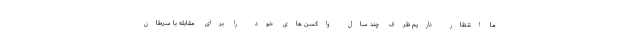
ما انتظار داریم ظرف چند سال واکسن های خود را برای مقابله با سرطان